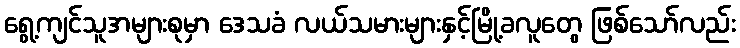
ရွေ့ကျင်သူအများစုမှာ ဒေသခံ လယ်သမားများနှင့်မြို့ခလူတွေ ဖြစ်သော်လည်း